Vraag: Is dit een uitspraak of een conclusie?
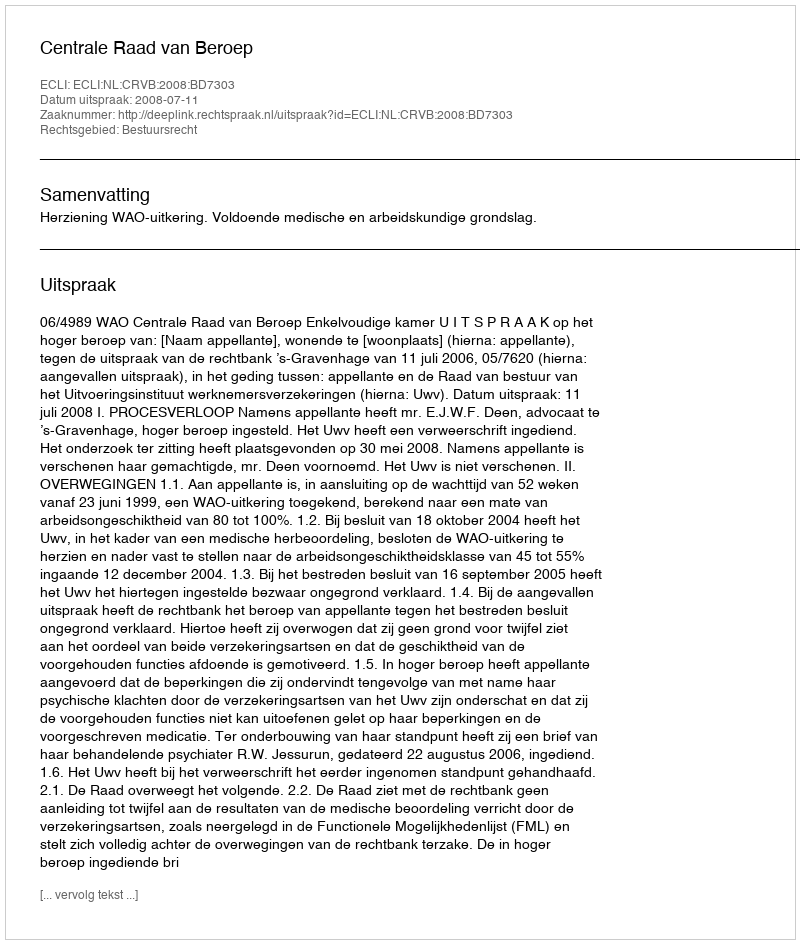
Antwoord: Uitspraak